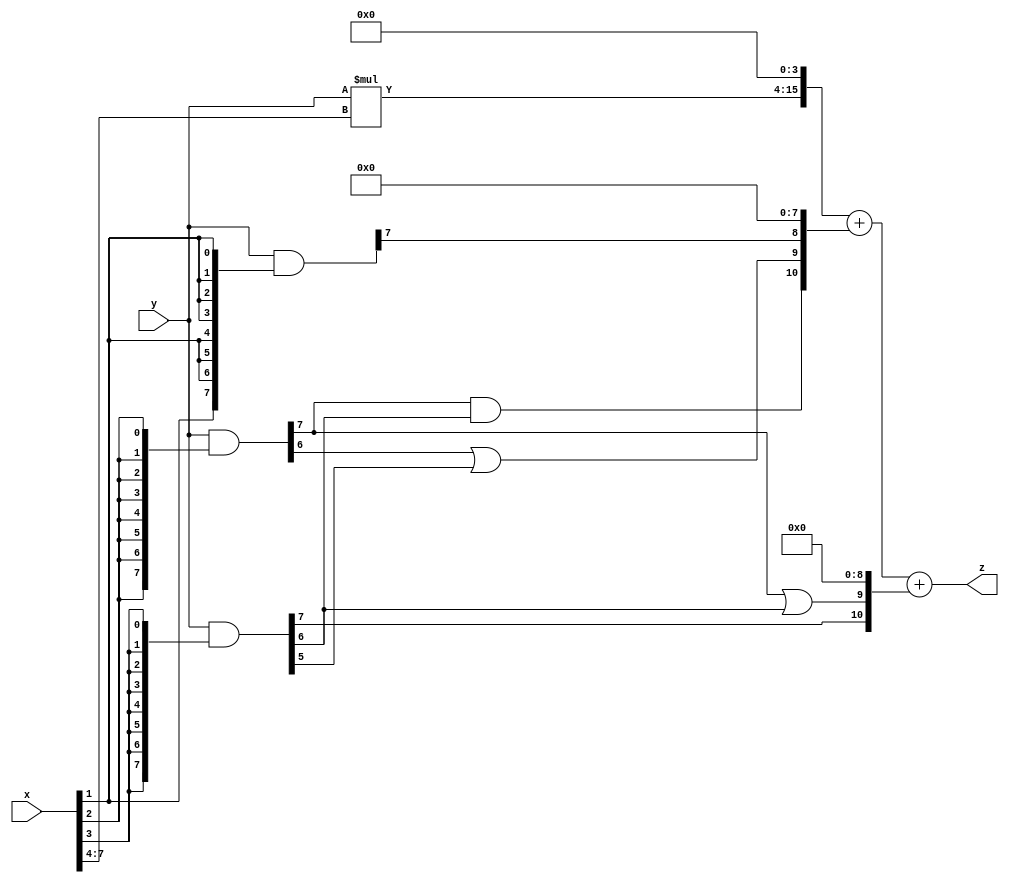
// terms: 5
// fval:  155106.25

module unsigned_8x8_l4_lamb20000_8 (
	input [7:0] x,
	input [7:0] y,
	output [15:0] z
);

wire [11:0] tmp_z = y*x[7:4];

wire [7:0] part1 =  y & {8{x[0]}};
wire [7:0] part2 =  y & {8{x[1]}};
wire [7:0] part3 =  y & {8{x[2]}};
wire [7:0] part4 =  y & {8{x[3]}};

wire [10:0] new_part1;
assign new_part1[0] = 0;
assign new_part1[1] = 0;
assign new_part1[2] = 0;
assign new_part1[3] = 0;
assign new_part1[4] = 0;
assign new_part1[5] = 0;
assign new_part1[6] = 0;
assign new_part1[7] = 0;
assign new_part1[8] = part2[7];
assign new_part1[9] = part3[6] | part4[5];
assign new_part1[10] = part3[7] & part4[6];

wire [10:0] new_part2;
assign new_part2[0] = 0;
assign new_part2[1] = 0;
assign new_part2[2] = 0;
assign new_part2[3] = 0;
assign new_part2[4] = 0;
assign new_part2[5] = 0;
assign new_part2[6] = 0;
assign new_part2[7] = 0;
assign new_part2[8] = 0;
assign new_part2[9] = part3[7] | part4[6];
assign new_part2[10] = part4[7];

assign z = {tmp_z, 4'd 0} + new_part1 + new_part2;
endmodule